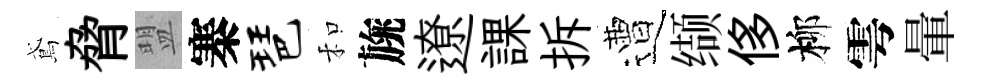
鳶脅盟寨琶和旐遼課拆遭缬侈柳雩暈